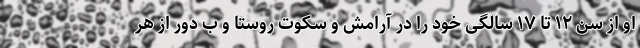
او از سن ۱۲ تا ۱۷ سالگی خود را در آرامش و سکوت روستا و ب دور از هر